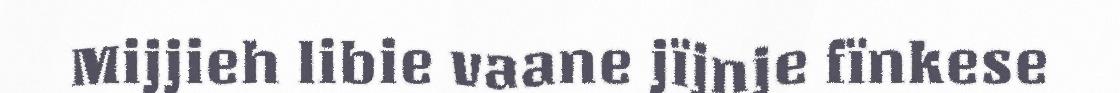
Mijjieh libie vaane jïjnje fïnkese